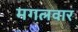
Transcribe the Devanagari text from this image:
मगलवार